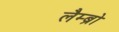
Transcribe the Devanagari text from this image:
लैम्ब्रो